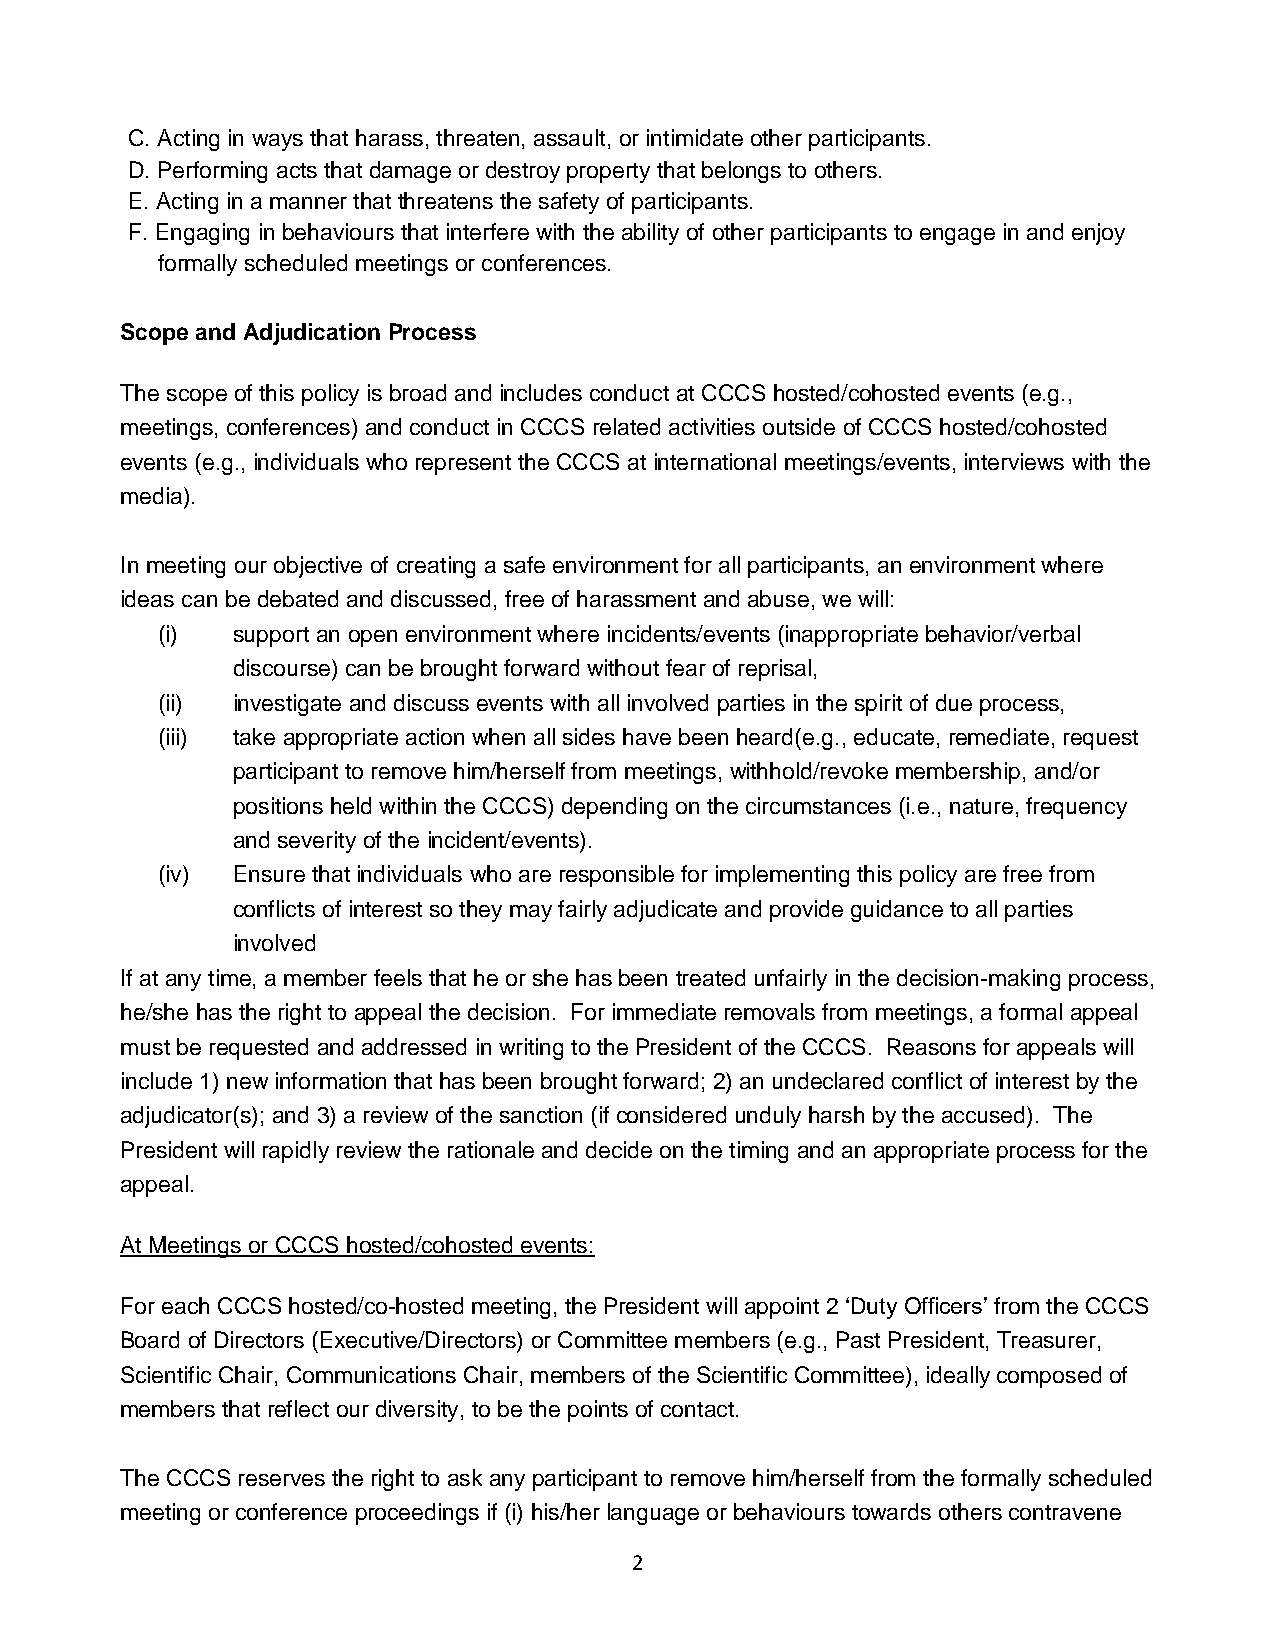
C. Acting in ways that harass, threaten, assault, or intimidate other participants.
 D. Performing acts that damage or destroy property that belongs to others.
 E. Acting in a manner that threatens the safety of participants.
 F. Engaging in behaviours that interfere with the ability of other participants to engage in and enjoy
 formally scheduled meetings or conferences.
 Scope and Adjudication Process
 The scope of this policy is broad and includes conduct at CCCS hosted/cohosted events (e.g.,
 meetings, conferences) and conduct in CCCS related activities outside of CCCS hosted/cohosted
 events (e.g., individuals who represent the CCCS at international meetings/events, interviews with the
 media).
 In meeting our objective of creating a safe environment for all participants, an environment where
 ideas can be debated and discussed, free of harassment and abuse, we will:
 (i)  support an open environment where incidents/events (inappropriate behavior/verbal
 discourse) can be brought forward without fear of reprisal,
 (ii) investigate and discuss events with all involved parties in the spirit of due process,
 (iii) take appropriate action when all sides have been heard(e.g., educate, remediate, request
 participant to remove him/herself from meetings, withhold/revoke membership, and/or
 positions held within the CCCS) depending on the circumstances (i.e., nature, frequency
 and severity of the incident/events).
 (iv) Ensure that individuals who are responsible for implementing this policy are free from
 conflicts of interest so they may fairly adjudicate and provide guidance to all parties
 involved
 If at any time, a member feels that he or she has been treated unfairly in the decision-making process,
 he/she has the right to appeal the decision. For immediate removals from meetings, a formal appeal
 must be requested and addressed in writing to the President of the CCCS. Reasons for appeals will
 include 1) new information that has been brought forward; 2) an undeclared conflict of interest by the
 adjudicator(s); and 3) a review of the sanction (if considered unduly harsh by the accused). The
 President will rapidly review the rationale and decide on the timing and an appropriate process for the
 appeal.
 At Meetings or CCCS hosted/cohosted events:
 For each CCCS hosted/co-hosted meeting, the President will appoint 2 ‘Duty Officers’ from the CCCS
 Board of Directors (Executive/Directors) or Committee members (e.g., Past President, Treasurer,
 Scientific Chair, Communications Chair, members of the Scientific Committee), ideally composed of
 members that reflect our diversity, to be the points of contact.
 The CCCS reserves the right to ask any participant to remove him/herself from the formally scheduled
 meeting or conference proceedings if (i) his/her language or behaviours towards others contravene
 2